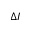
\Delta I